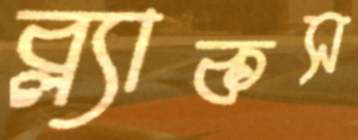
ব্ল্যাকস